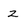
Character: z